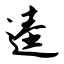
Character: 逵